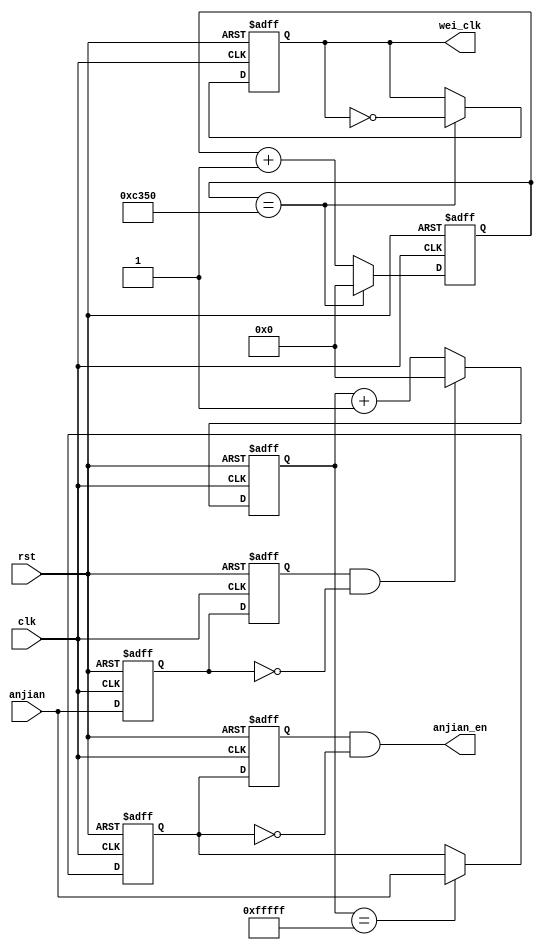
`timescale 1ns / 1ps
//////////////////////////////////////////////////////////////////////////////////
// Company: 
// Engineer: 
// 
// Design Name: 
// Module Name:    contral 
// Project Name: 
// Target Devices: 
// Tool versions: 
// Description: 
//
// Dependencies: 
//
// Revision: 
// Revision 0.01 - File Created
// Additional Comments: 
//
//////////////////////////////////////////////////////////////////////////////////
module contral(clk,rst,anjian,anjian_en,wei_clk
    );
input clk;
input rst;
input anjian;
output wei_clk;
output anjian_en;
//
reg[19:0] count;
reg wei_clk;
always@(posedge clk or negedge rst)
	if(!rst)
		begin
			wei_clk<=1'b0;
			count<=20'd0;
		end
	else if(count==20'd5_00_00)
		begin
			wei_clk<=~wei_clk;
			count<=20'd0;
		end
	else
		count<=count+1'b1;

//++++++++++++++++++++++++++++++++++++++

reg  key_samp1, key_samp1_locked;

 

// i_keykey_samp1

always @ (posedge clk, negedge rst)

  if(!rst) 

    key_samp1 <= 1'b1;

  else        

    key_samp1 <= anjian;

 

// key_samp1key_samp1_locked

always @ (posedge clk, negedge rst)

  if(!rst) 

    key_samp1_locked <= 1'b1;

  else        

    key_samp1_locked <= key_samp1;

//--------------------------------------

 

//++++++++++++++++++++++++++++++++++++++

wire key_changed1;

 

// key_samp110

// key_changed101

assign key_changed1 = key_samp1_locked & (~key_samp1); 

//--------------------------------------

 

 

//++++++++++++++++++++++++++++++++++++++

reg [19:0] cnt;

 

// cnt

always @ (posedge clk, negedge rst)

  if(!rst)

    cnt <= 20'h0;

  else if(key_changed1)

    cnt <= 20'h0;

  else

    cnt <= cnt + 1'b1;

//--------------------------------------

 

 

//++++++++++++++++++++++++++++++++++++++

reg key_samp2, key_samp2_locked;

 

// 20ms

// i_keykey_samp2

always @ (posedge clk, negedge rst)

  if(!rst)

    key_samp2 <= 1'b1;

  else if(cnt == 20'hF_FFFF)            // 0xFFFFF/50M = 20.9715ms

    key_samp2 <= anjian;

 

// key_samp2key_samp2_locked

always @ (posedge clk, negedge rst)

  if(!rst)

    key_samp2_locked <= 1'b1;

  else

    key_samp2_locked <= key_samp2;

//--------------------------------------

 

//++++++++++++++++++++++++++++++++++++++

wire  anjian_en;

 

// key_samp210

// key_changed201

assign anjian_en = key_samp2_locked & (~key_samp2); 

//--------------------------------------

 

 

//++++++++++++++++++++++++++++++++++++++





endmodule